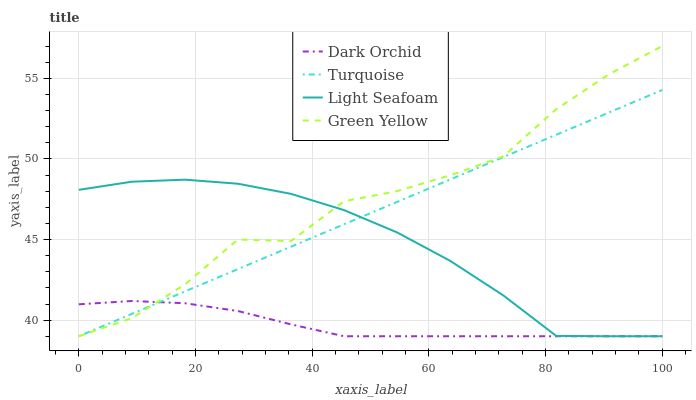
| xaxis_label | Dark Orchid | Turquoise | Light Seafoam | Green Yellow |
 | --- | --- | --- | --- | --- |
 | 0 | 41 | 39 | 48.1 | 39 |
 | 9.09 | 41.2 | 40.4 | 48.6 | 40.1 |
 | 18.2 | 41 | 41.8 | 48.7 | 42.2 |
 | 27.3 | 40.6 | 43.2 | 48.5 | 45 |
 | 36.4 | 39.7 | 44.6 | 47.8 | 44.9 |
 | 45.5 | 39 | 45.9 | 46.8 | 47.4 |
 | 54.5 | 39 | 47.3 | 45.4 | 48 |
 | 63.6 | 39 | 48.7 | 43.7 | 49 |
 | 72.7 | 39 | 50.1 | 41.5 | 50.2 |
 | 81.8 | 39 | 51.5 | 39 | 53.1 |
 | 90.9 | 39 | 52.9 | 39 | 55.3 |
 | 100 | 39 | 54.3 | 39 | 57 |